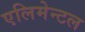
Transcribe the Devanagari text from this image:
एलिमेन्टल